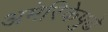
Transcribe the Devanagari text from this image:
अमेरिकेपुढे